Civil Veterinary Dept. Bombay admin report 1893-99 - 1893-1899
Year: 1893
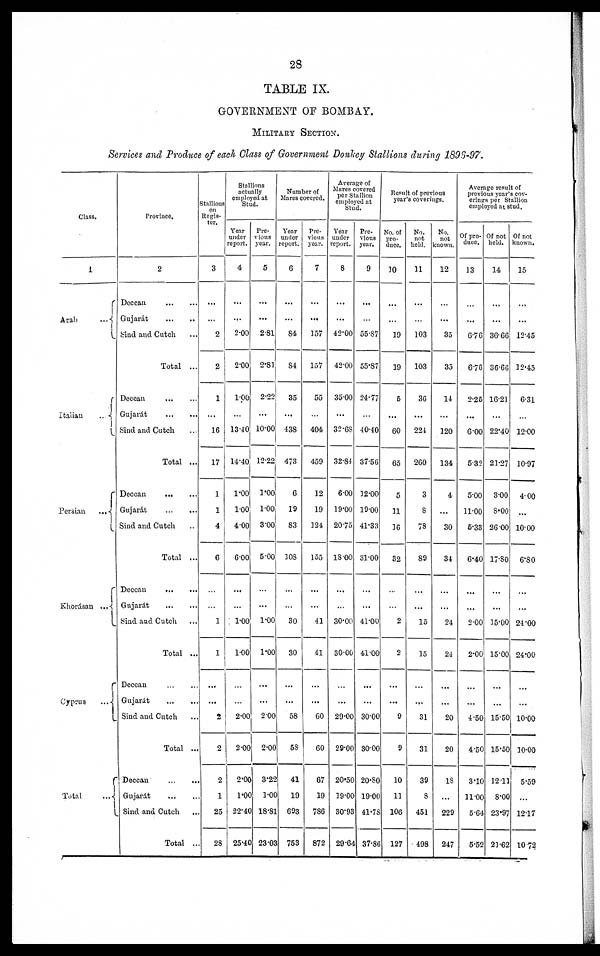
28
TABLE IX.
GOVERNMENT OF BOMBAY.
MILITARY SECTION.
Services and Produce of each Class of Government Donkey Stallions during 1896-97.
Class.
1
Arab
...
Italian
..
Persian
...
Khorásan
...
Cyprus
...
Total
...
Province.
2
Deccan
...
...
Gujarát
...
...
Sind and Cutch
Total ...
Deccan
...
...
Gujarat
...
...
Sind and Cutch
Total ...
Deccan
...
...
Gujarat
...
...
Sind and Cutch ...
Total ...
Deccan
...
...
Gujarát
...
...
Sind and Cutch ...
Total ...
Deccan
...
...
Gujarat
...
...
Stud and Cutch ...
Total ...
Deccan
...
...
Gujarat
...
...
Sind and Cutch
Total ..
Stallions
Regis-
ter.
3
...
...
2
2
1
...
16
17
1
1
4
6
...
...
1
1
...
...
2
2
2
1
25
28
Stallions
actually
employed at
Stud.
Year
under
report.
4
...
...
2.00
2.00
1.00
...
13.40
14.40
1.00
1.00
4.00
6.00
...
...
1.00
1.00
...
...
2.00
2.00
2.00
1.00
22.40
25.40
Pre-
vious
year.
5
...
...
2.81
2.81
2.22
...
10.00
12.22
1.00
1.00
3.00
5.00
...
...
1.00
1.00
...
...
2 00
2.00
3.22
1.00
18.81
23.02
Number of
Mares covered.
Year
under
report.
6
...
...
84
84
35
...
438
473
6
19
83
108
...
...
30
30
...
...
58
58
41
19
693
753
Pre-
vious
year.
7
...
...
157
157
55
...
404
459
12
19
124
155
...
...
41
41
...
...
60
60
67
19
786
872
Average of
Mares covered
per Stallion
employed at
Stud.
Year
under
report.
8
...
...
42.00
4200
35.00
...
32.68
32.84
6.00
19.00
20.75
18.00
...
...
30.00
30.00
...
...
29.00
29.00
20.50
19.00
30.93
29.64
Pre-
vious
year.
9
...
...
55.87
55.87
24.77
...
40.40
37.56
12.00
19.00
41.33
31.00
...
...
41.00
41.00
...
...
3000
3000
20.80
19.00
41.78
37.86
Result of previous
year's coverings.
No. of
pro
duce.
10
...
...
19
19
5
...
60
65
5
11
16
32
...
...
2
2
...
...
9
9
10
11
106
127
No.
not
held.
11
...
...
103
103
36
...
224
260
3
8
78
89
...
...
15
15
...
...
31
31
39
8
451
498
No.
not
known.
12
...
...
35
35
14
...
120
134
4
...
30
34
...
...
24
24
...
...
20
20
18
...
229
247
Average result of
previous year's cov-
erings per Stallion
employed at stud.
Of pro-
duce.
13
...
...
6.76
6.76
2.25
...
6 00
5.32
500
11.00
5.33
6.40
...
...
2.00
2.00
...
...
4.50
4.50
3.10
11.00
5.64
5.52
Of not
held.
14
...
...
36.66
36.66
16.21
...
22.40
21.27
3.00
8.00
26.00
17.80
...
...
15.00
15.00
...
...
15.50
15.50
12.11
8.00
23*97
21.62
Of not
known.
15
...
...
12.45
12.45
6.31
...
12.00
10.97
4.00
...
10.00
6.80
...
...
24 00
24.00
...
...
10.00
10.00
5.59
...
1217
10.72